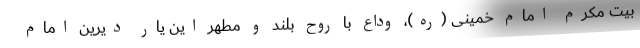
بیت مکرم امام خمینی (ره)،‌ وداع با روح بلند و مطهر این یار دیرین امام